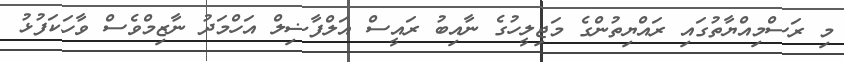
މި ރަސްމިއްޔާތުގައި ރައްޔިތުންގެ މަޖިލީހުގެ ނާއިބު ރައީސް އަލްފާޟިލް އަހްމަދު ނާޒިމްވެސް ވާހަކަފުޅު